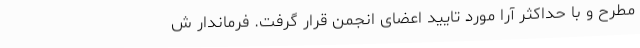
مطرح و با حداکثر آرا مورد تایید اعضای انجمن قرار گرفت. فرماندار ش